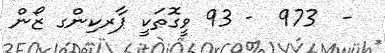
-  973  - 93 ވީގޮތަކީ ޕާރކިންގ ޒޯން